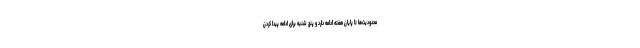
محدودیت‌ها تا پایان هفته ادامه دارد و پنج شنبه برای ادامه پیدا کردن